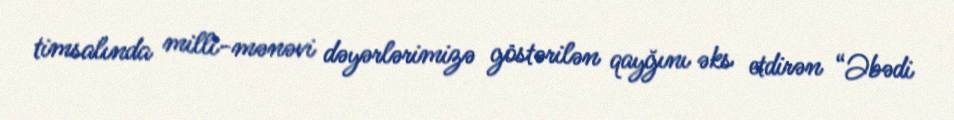
timsalında milli-mənəvi dəyərlərimizə göstərilən qayğını əks etdirən “Əbədi